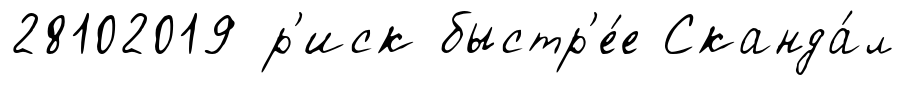
28102019 р'иск быстр'е́е Сканда́л